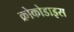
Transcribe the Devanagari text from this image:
क्रोकोडाइस